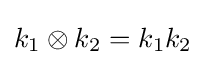
k_{1}\otimes k_{2}=k_{1}k_{2}